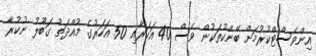
އިންވެސްޓްކުރުމަށް ބޭންކުތަކުން ވެސް 40 އަހަރާއި 50 އަހަރުގެ މުއްދަތު ގަބޫލު ނުކުރާ